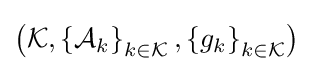
\left({\mathcal {K}},\left\lbrace {\mathcal {A}}_{k}\right\rbrace _{k\in {\mathcal {K}}},\left\lbrace g_{k}\right\rbrace _{k\in {\mathcal {K}}}\right)